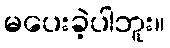
မပေးခဲ့ပါဘူး။